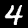
Digit: 4